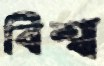
বিশ্ব